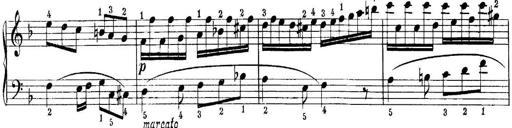
Title: Quatres sonatines
Composer: Tadeusz Joteyko